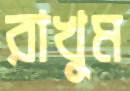
রাখুম